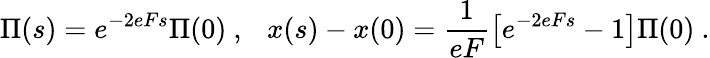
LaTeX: \Pi(s)=e^{-2eFs}\Pi(0)\ ,~~~x(s)-x(0)=\frac{1}{eF}\left[e^{-2eFs}-1\right]\Pi(0)\ .